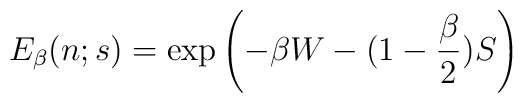
E_\beta(n;s)=\exp\left(-\beta W- (1-{\beta\over 2})S\right)